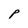
Character: P